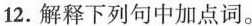
12.解释下列句子中加点词。